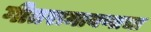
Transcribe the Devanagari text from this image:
गीतरामायणाचा